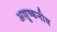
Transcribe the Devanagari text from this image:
अशुष्कनीय